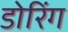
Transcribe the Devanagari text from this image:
डोरिंग